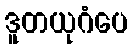
ဒူတယုဂံပေ